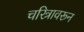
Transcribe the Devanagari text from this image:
चरित्रावरून